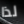
لذا